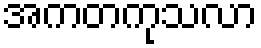
အကတကုသလာ